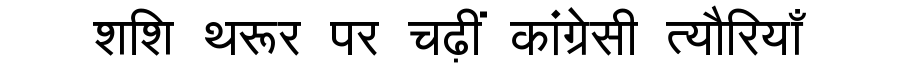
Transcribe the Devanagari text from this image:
शशि थरूर पर चढ़ीं कांग्रेसी त्यौरियाँ